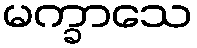
မက္ခာသေ